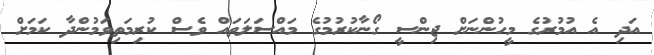
އަދި އެ އުމުރުގެ މީހުންނަށް ޖިންސީ ގޯނާކުރުމުގެ މައްސަލަތައް ވެސް ކުރިމަތިވަމުންދާ ކަމަށް